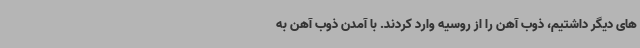
های دیگر داشتیم، ذوب آهن را از روسیه وارد کردند. با آمدن ذوب آهن به